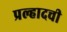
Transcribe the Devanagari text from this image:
प्रल्हादची